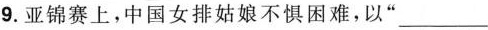
9.亚锦赛上，中国女排姑娘不惧困难，以”___，